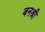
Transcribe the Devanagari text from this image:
बनश्री